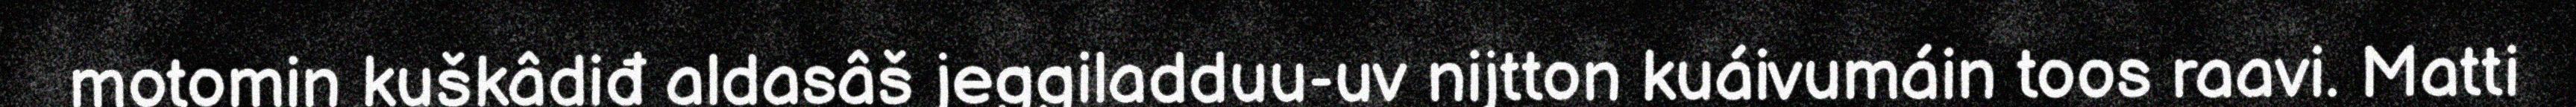
motomin kuškâdiđ aldasâš jeggiladduu-uv nijtton kuáivumáin toos raavi. Matti